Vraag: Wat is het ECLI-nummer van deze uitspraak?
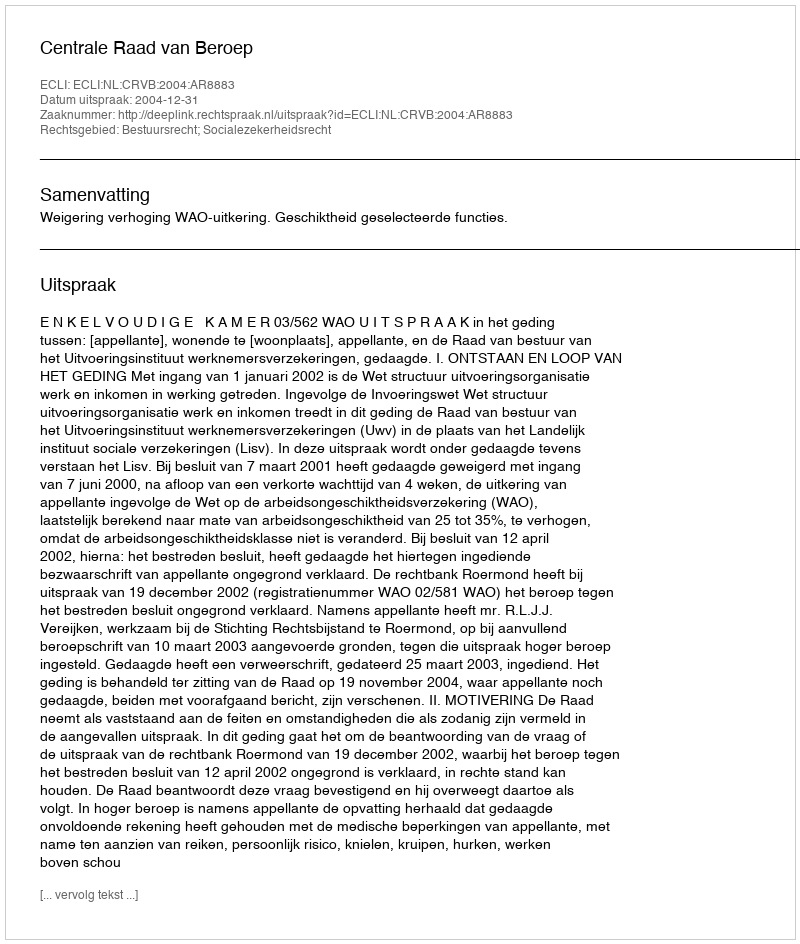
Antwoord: ECLI:NL:CRVB:2004:AR8883